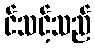
င်သင့်သည်